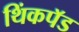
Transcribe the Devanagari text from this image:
थिंकपॅड